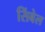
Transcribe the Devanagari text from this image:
सिंबेल